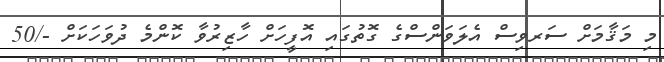
މި މަޤާމަށް ސަރވިސް އެލަވަންސްގެ ގޮތުގައި އޮފީހަށް ހާޒިރުވާ ކޮންމެ ދުވަހަކަށް -/50